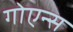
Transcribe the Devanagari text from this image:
गोएन्स